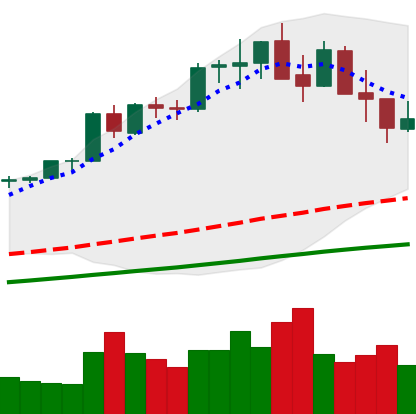
Ticker: ETH-USD
Chart end date: 2021-05-18
Forward return: -37.588%
Label: down_7plus